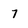
Character: 7